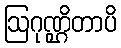
ဩဂုဏ္ဌိတာပိ